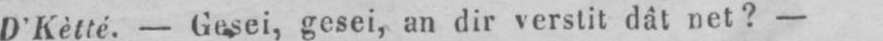
D’Kètté. - Gisei, gesei, an dir verstit dât net? -